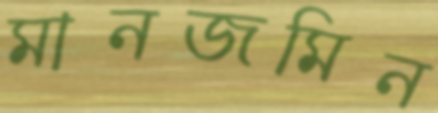
মানজমিন